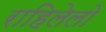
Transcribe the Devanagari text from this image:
राहिलेलो